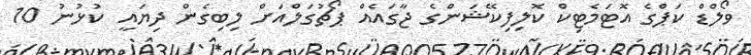
ވޯލްޑް ކަޕްގެ އޮޓަމެޓިކް ކޮލިފިކޭޝަންގެ ޖާގައެއް ޕޯޗުގަލްއަށް ލިބިގެން ދިޔައީ ކުޅުނު 10